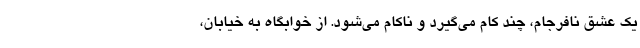
یک عشق نافرجام، چند کام می‌گیرد و ناکام می‌شود. از خوابگاه به خیابان،